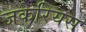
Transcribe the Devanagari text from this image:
जकेरियस